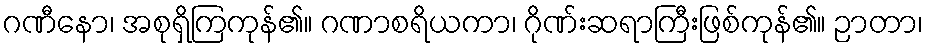
ဂဏီနော၊ အစုရှိကြကုန်၏။ ဂဏာစရိယကာ၊ ဂိုဏ်းဆရာကြီးဖြစ်ကုန်၏။ ဉာတာ၊